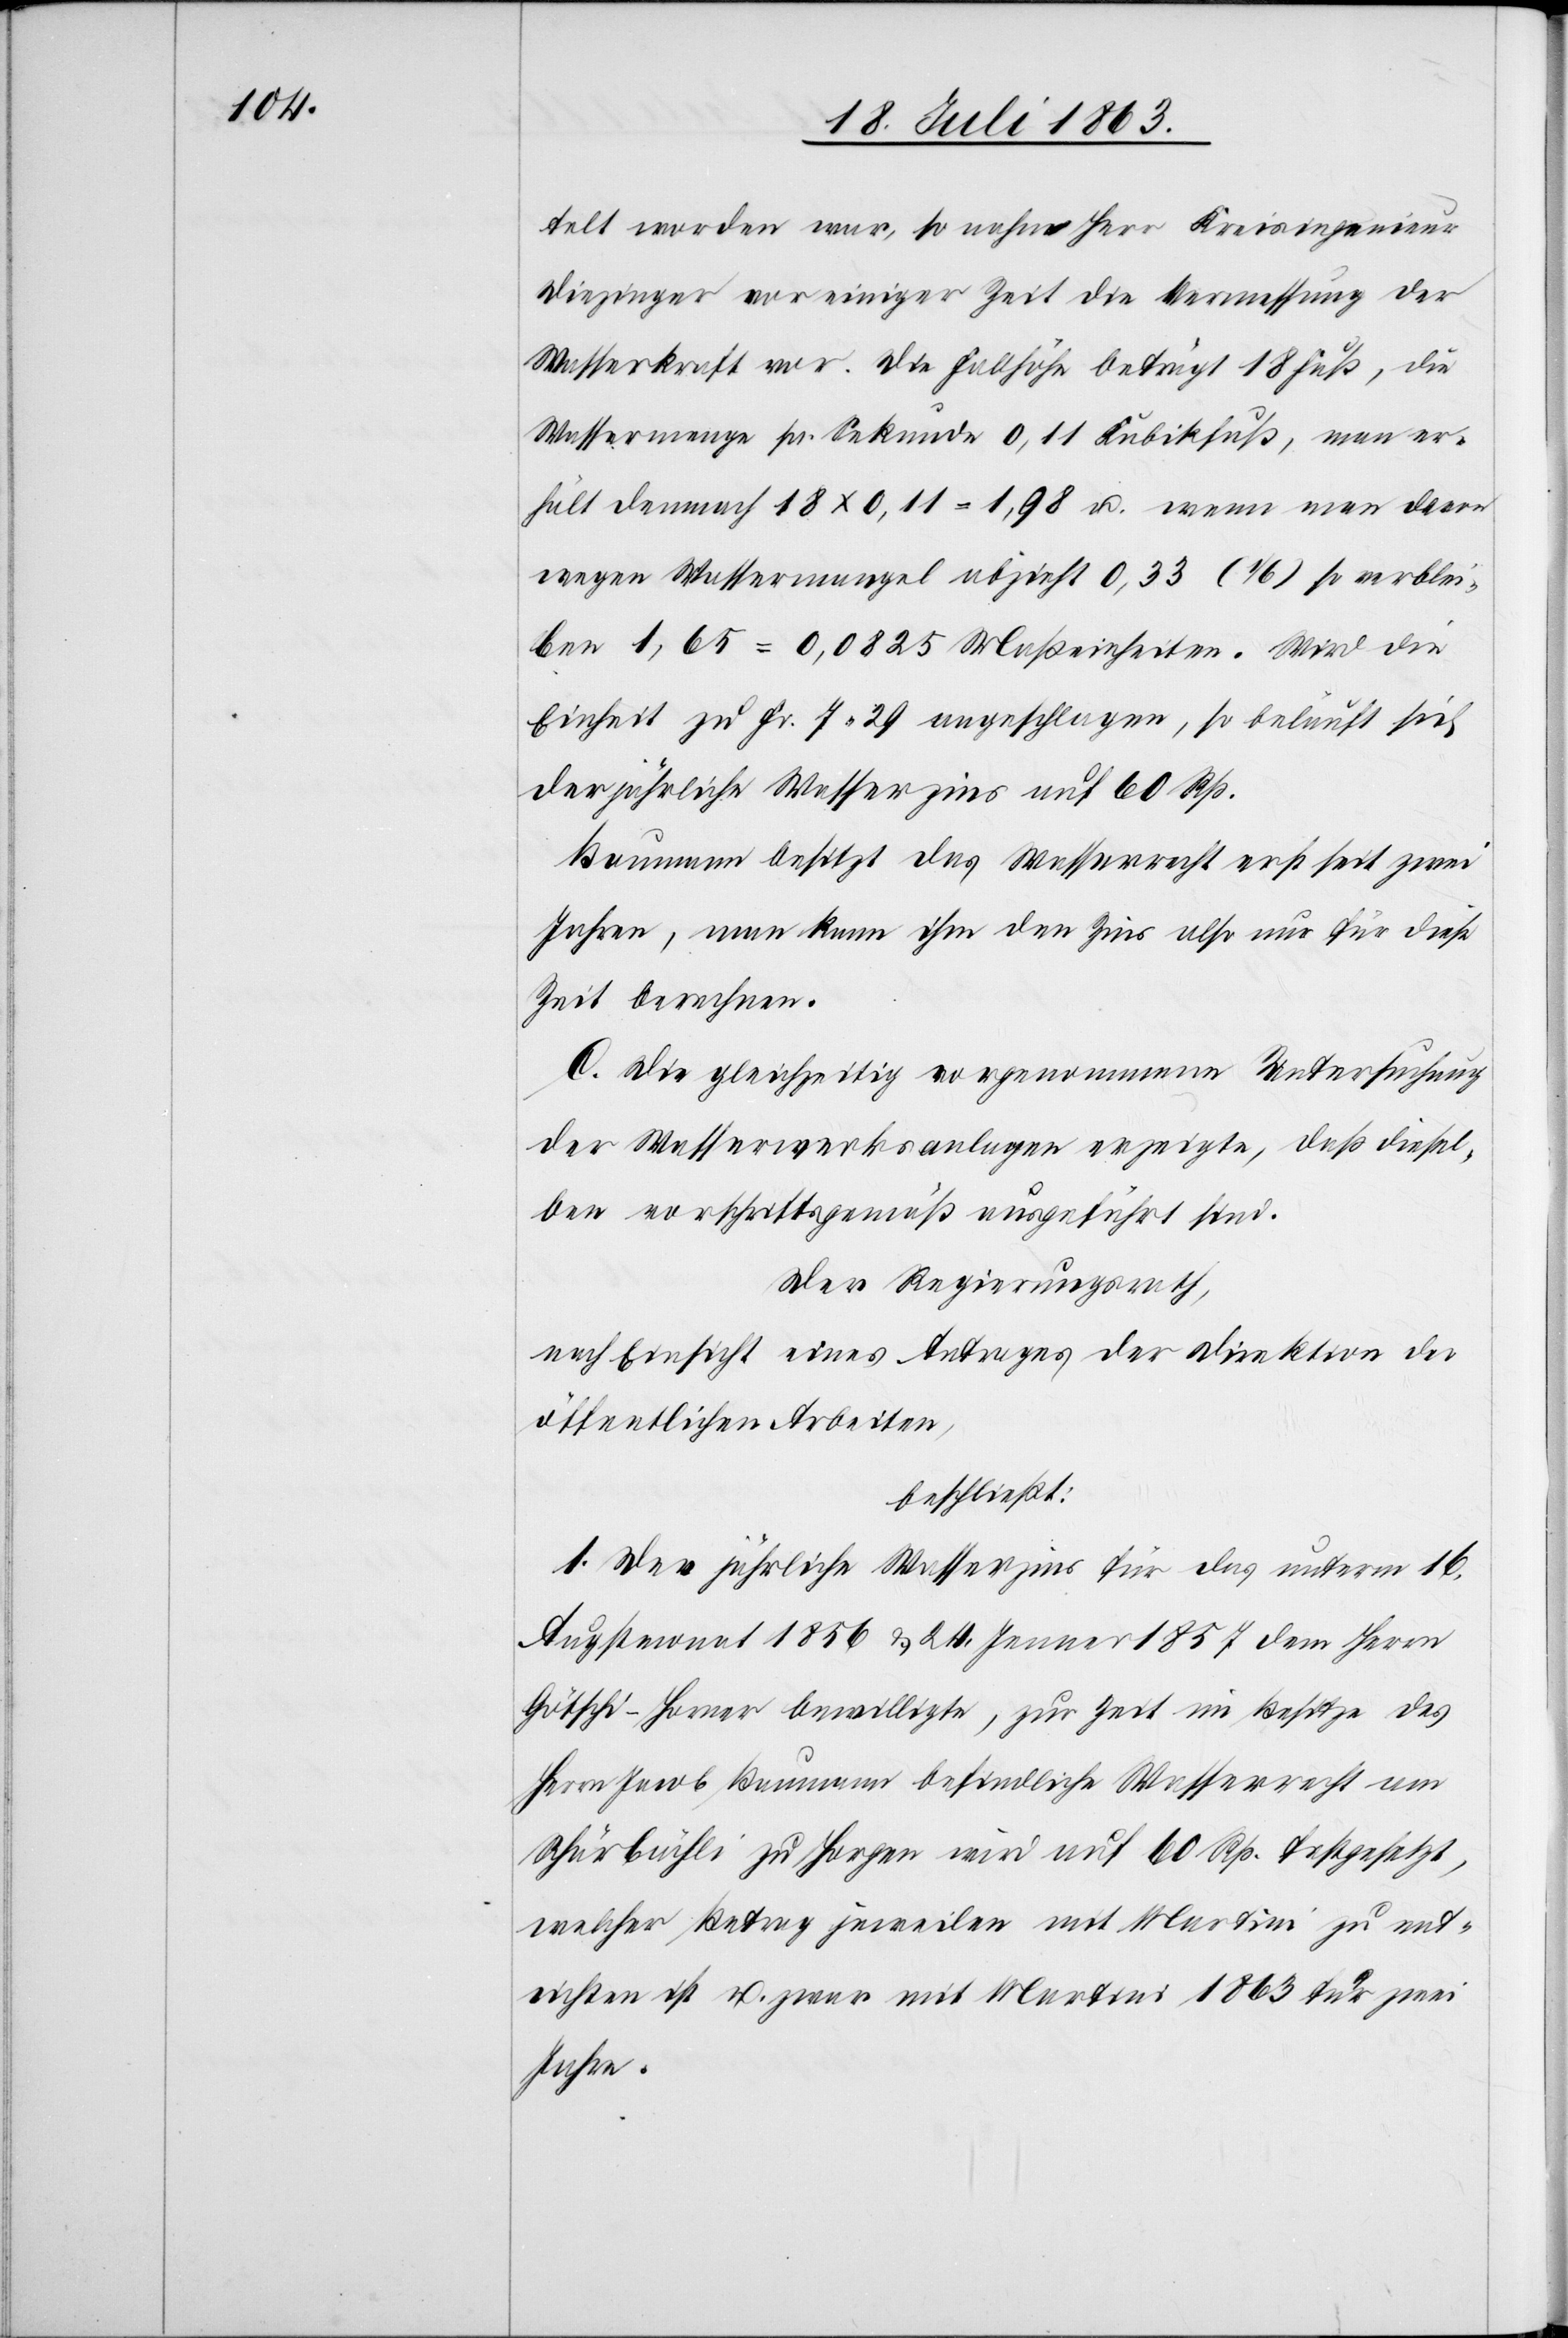
telt worden war, so nahm Herr Kreisingenieur
Diezinger vor einiger Zeit die Vermessung der
Wasserkraft vor. Die Fallhöhe beträgt 18 Fuß, die
Wassermenge pr. Sekunde 0,11 Kubikfuß, man er¬
hält demnach 18 x 0,11 = 1,98 u. wenn man davon
wegen Wassermangel abzieht 0,33 (1/6) so verblei¬
ben 1,65 = 0,0825 Maßeinheiten. Wird die
Einheit zu Fr. 7. 29 angeschlagen, so beläuft sich
der jährliche Wasserzins auf 60 Rp.
Baumann besitzt das Wasserrecht erst seit zwei
Jahren, man kann ihm den Zins also nur für diese
Zeit berechnen.
C. Die gleichzeitig vorgenommene Untersuchung
der Wasserwerksanlagen erzeigte, daß diesel¬
ben vorschriftsgemäß ausgeführt sind.
Der Regierungsrath,
nach Einsicht eines Antrages der Direktion der
öffentlichen Arbeiten,
beschließt:
1. Der jährliche Wasserzins für das unterm 16.
Augstmonat 1856 & 24. Jenner 1857 dem Herrn
Götschi-Horner bewilligte, zur Zeit im Besitze des
Herrn Jacob Baumann befindliche Wasserrecht am
Schärbächli zu Horgen wird auf 60 Rp. festgesetzt,
welcher Betrag jeweilen mit Martini zu ent¬
richten ist u. zwar mit Martini 1863 für zwei
Jahre.